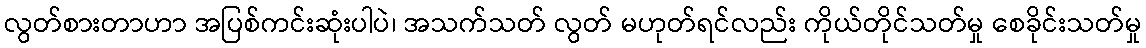
လွတ်စားတာဟာ အပြစ်ကင်းဆုံးပါပဲ၊ အသက်သတ် လွတ် မဟုတ်ရင်လည်း ကိုယ်တိုင်သတ်မှု စေခိုင်းသတ်မှု